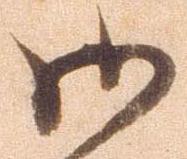
御